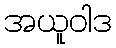
အယူဝါဒ